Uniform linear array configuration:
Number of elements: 4
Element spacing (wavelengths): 0.5
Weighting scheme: hamming
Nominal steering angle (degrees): -15
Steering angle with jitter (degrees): -16.536
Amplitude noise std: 0.05
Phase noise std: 0.05

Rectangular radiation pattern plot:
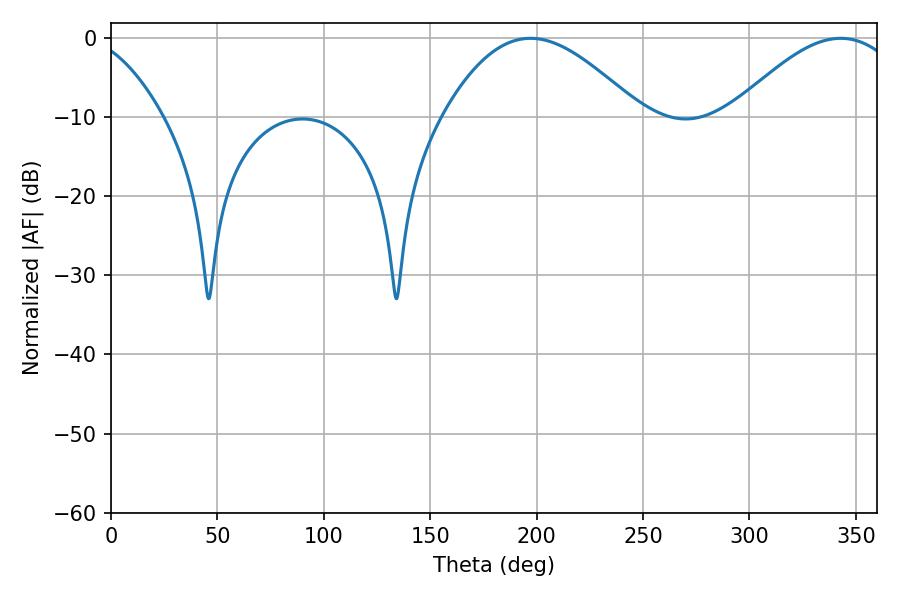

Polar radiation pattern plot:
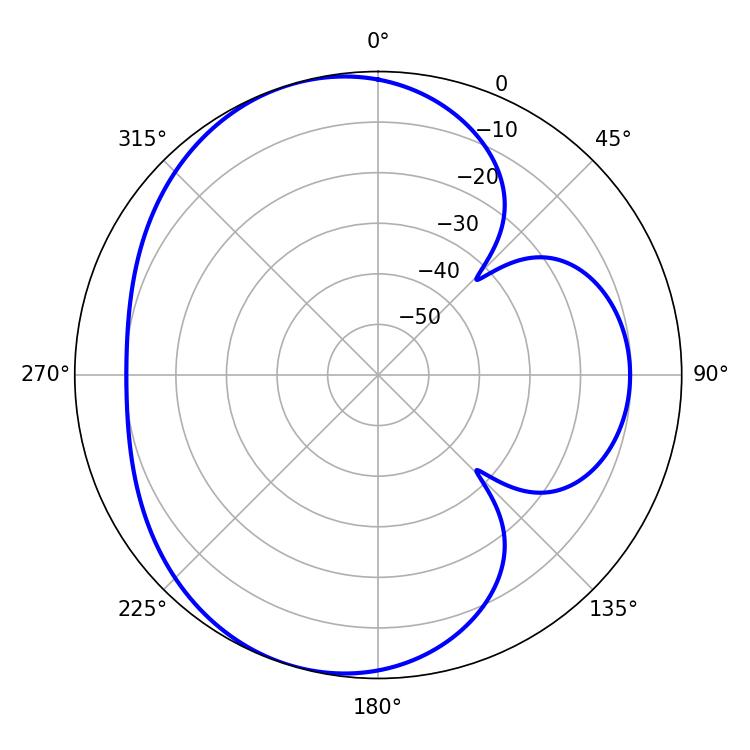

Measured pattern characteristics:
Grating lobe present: FALSE
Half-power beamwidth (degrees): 49.86
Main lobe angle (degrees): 197.1